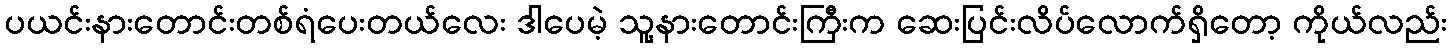
ပယင်းနားတောင်းတစ်ရံပေးတယ်လေး ဒါပေမဲ့ သူ့နားတောင်းကြီးက ဆေးပြင်းလိပ်လောက်ရှိတော့ ကိုယ်လည်း